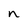
Character: n